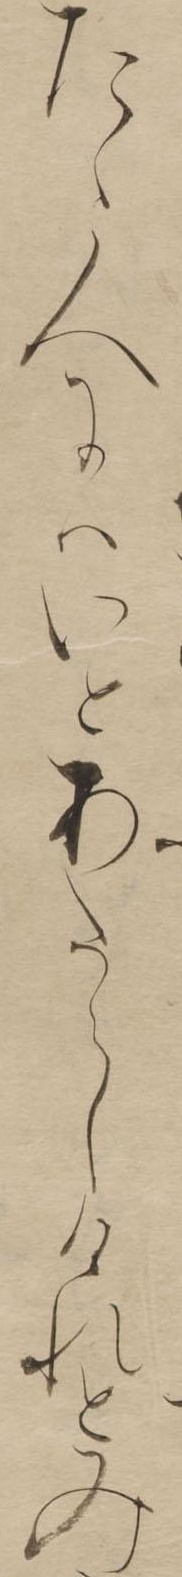
たゝ人にはいとあたらしけれとみ